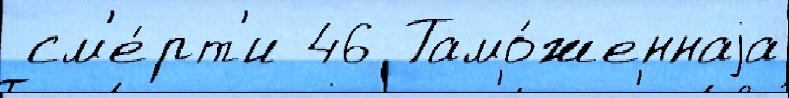
 см'е́рт'и 46 Тамо́женнаjа